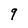
Character: 9